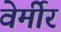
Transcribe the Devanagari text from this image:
वेर्मीर